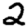
Digit: 2